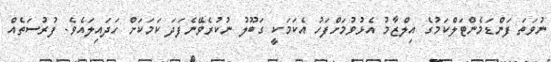
ނުވަތަ ފަންޑަމެންޓަލްކަމުގެ އިލްޒާމު އެޅުވުމަށްފަހު އެކަމަކީ ގަބޫލު ނުކުރެވޭނެފަދަ ކަމަކަށް ހަދައިލައެވެ. ފުރުސަތެއް